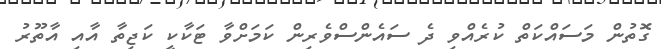
ގޮތުން މަސައްކަތް ކުރެއްވި ދެ ސައެންސްވެރިން ކަމަށްވާ ޓަކާކީ ކަޖިތާ އާއި އާތޫރު